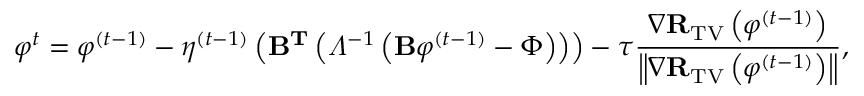
\small { \varphi } ^ { t } = { \varphi } ^ { ( t - 1 ) } - \eta ^ { ( t - 1 ) } \left( \mathbf { B } ^ { \mathbf { T } } \left( \varLambda ^ { - 1 } \left( \mathbf { B } { \varphi } ^ { ( t - 1 ) } - \Phi \right) \right) \right) - \tau \frac { \nabla \mathbf { R } _ { \mathrm { T V } } \left( { \varphi } ^ { ( t - 1 ) } \right) } { \left\| \nabla \mathbf { R } _ { \mathrm { T V } } \left( { \varphi } ^ { ( t - 1 ) } \right) \right\| } ,